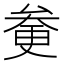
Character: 𠫿